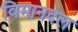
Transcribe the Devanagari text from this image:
विमानदल